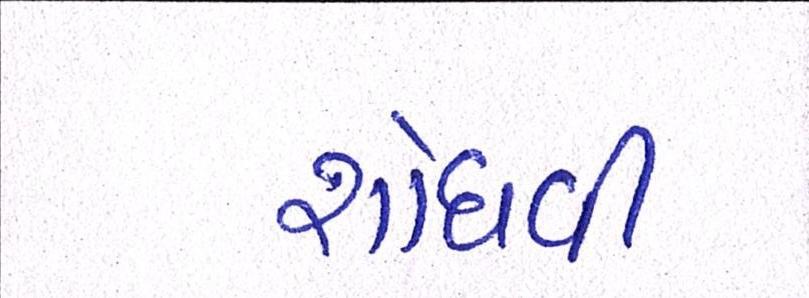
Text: શોધવી